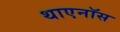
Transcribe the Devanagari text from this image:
थाएनॉस